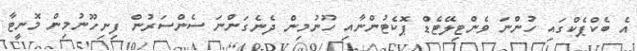
އެ ބެކްޕެކްގައި ހުންނަ ވެންޓިލޭޓެޑް ޕޮކެޓުންނާއި ހޫނުމިން ދެނެގަންނަ ސެންސަރުން ފިނިހޫނުމިން މޮނީޓާ